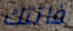
فاتتك